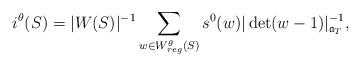
LaTeX: \begin{align*}i^{\theta}(S) = |W(S)|^{-1} \sum_{w \in W^{\theta}_{reg}(S)} s^{0}(w) |\det(w - 1)|_{\mathfrak{a}_{T}}^{-1},\end{align*}